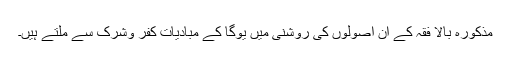
مذکورہ بالا فقہ کے ان اصولوں کی روشنی میں یوگا کے مبادیات کفر وشرک سے ملتے ہیں۔